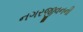
નગરજીવનની